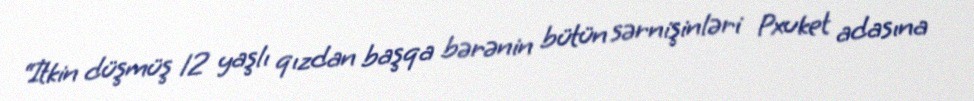
“İtkin düşmüş 12 yaşlı qızdan başqa bərənin bütün sərnişinləri Pxuket adasına